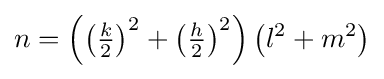
n=\left(\left({\tfrac {k}{2}}\right)^{2}+\left({\tfrac {h}{2}}\right)^{2}\right)\left(l^{2}+m^{2}\right)